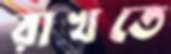
রাখতে